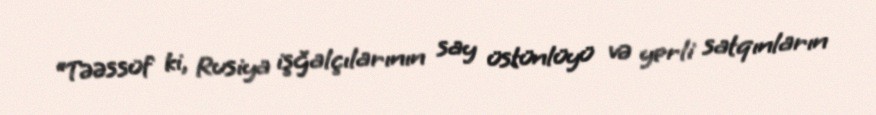
“Təəssüf ki, Rusiya işğalçılarının say üstünlüyü və yerli satqınların